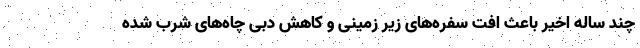
چند ساله اخیر باعث افت سفره‌های زیر زمینی و کاهش دبی چاه‌های شرب شده